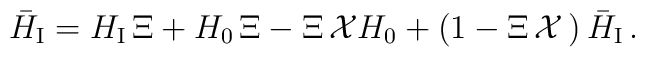
{\bar H}_{\mbox{\scriptsize I}}=H_{\mbox{\scriptsize I}}\,\Xi+H_{0}\,{\Xi}-\Xi\,{\cal X}H_{0}+\left(1-\Xi\,{\cal X}\,\right){\bar H}_{\mbox{\scriptsize I}}\,.